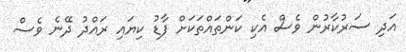
އަދި ސަރުކާރުން ވެސް އެކި ކަންތައްތަކަށް ފާޑު ކިޔައި ރައްދު ދޭނެ ވެސް